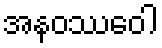
အနဝဿဝေါ